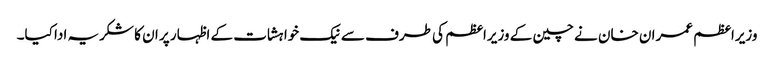
وزیراعظم عمران خان نے چین کے وزیراعظم کی طرف سے نیک خواہشات کے اظہار پر ان کا شکریہ ادا کیا۔